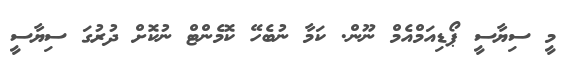
މީ ސިޔާސީ ޕޯޑިއަމްއެމް ނޫން. ކަމާ ނުބެހޭ ކޮމެންޓް ނުކޮށް ދުރުގަ ސިޔާސީ